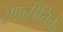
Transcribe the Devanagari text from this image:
रणनीतिके